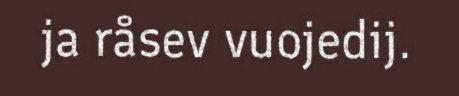
ja råsev vuojedij.